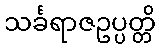
သင်္ခရာဇဥပ္ပတ္တိ